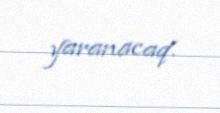
yaranacaq.